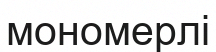
мономерлі